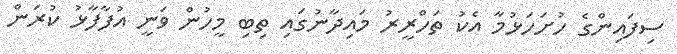
ސިފައިންގެ ހުށަހަޅުމާ އެކު ތަހްރީރު މައިދާނުގައި ތިބި މީހުން ވަނީ އުފާފާޅު ކުރަން